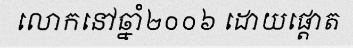
លោកនៅឆ្នាំ២០០៦ ដោយផ្តោត